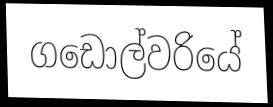
ගඩොල්වරියේ